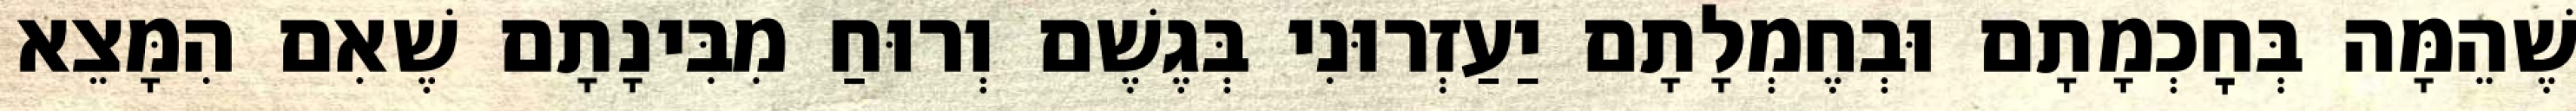
שֶׁהֵמָּה בְּחׇכְמָתָם וּבְחֶמְלָתָם יַעַזְרוּנִי בְּגֶשֶׁם וְרוּחַ מִבִּינָתָם שֶׁאִם הִמָּצֵא